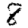
Digit: 8